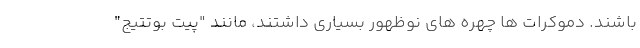
باشند. دموکرات ها چهره های نوظهور بسیاری داشتند، مانند "پیت بوتتیج"